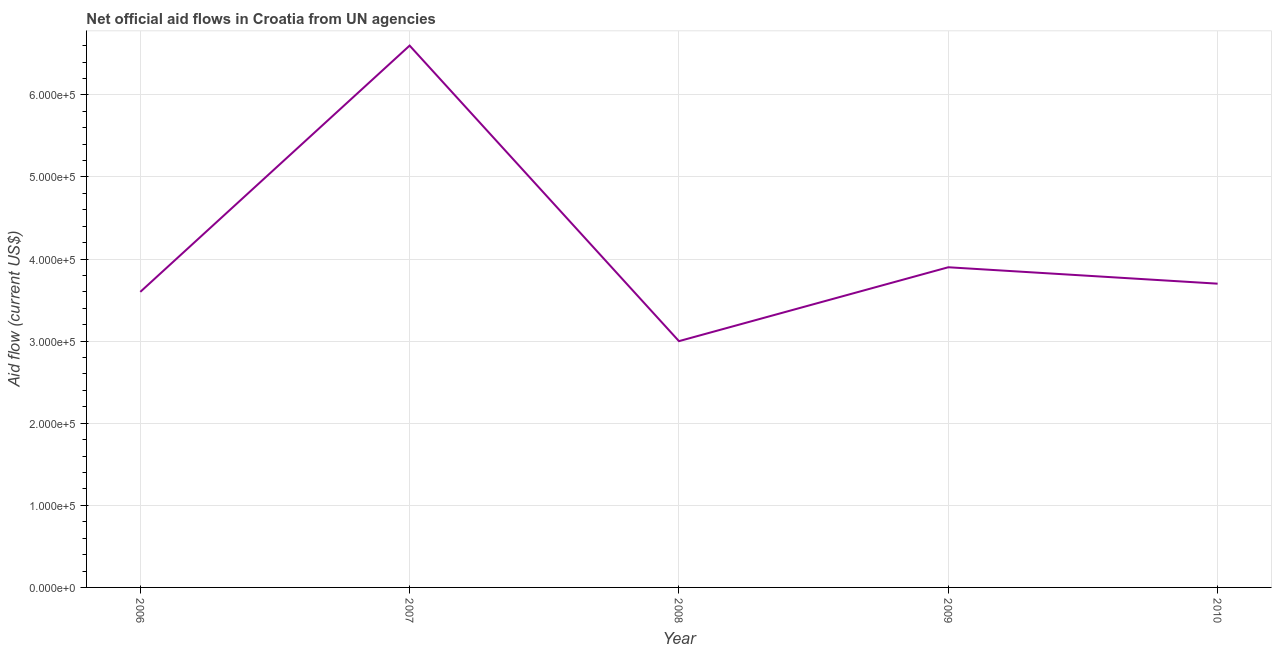
| Year | Net official flows from UN agencies |
 | --- | --- |
 | 2006 | 3.6e+05 |
 | 2007 | 6.6e+05 |
 | 2008 | 3e+05 |
 | 2009 | 3.9e+05 |
 | 2010 | 3.7e+05 |